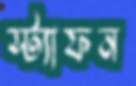
স্ট্যাফন